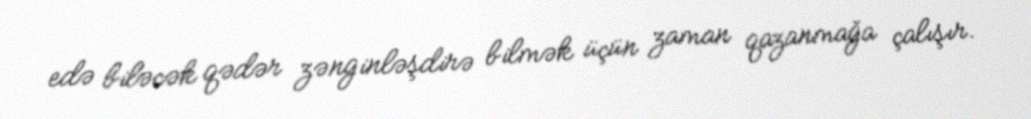
edə biləcək qədər zənginləşdirə bilmək üçün zaman qazanmağa çalışır.